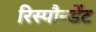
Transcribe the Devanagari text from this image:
रिस्पौन्डेंट